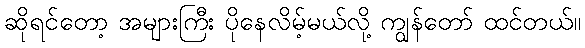
ဆိုရင်တော့ အများကြီး ပိုနေလိမ့်မယ်လို့ ကျွန်တော် ထင်တယ်။